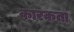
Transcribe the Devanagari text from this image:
कारकता